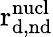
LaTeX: \mathrm{r_{d,nd}^{nucl}}